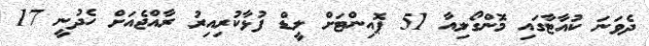
ދެވަނަ ކުއާޓާގައި މޮންގޯލިއާ 51 ޕޮއިންޓަށް ލީޑް ފުޅާކުރިއިރު ރާއްޖެއަށް ހެދުނީ 17